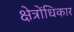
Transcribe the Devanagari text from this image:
क्षेत्रोंधिकार